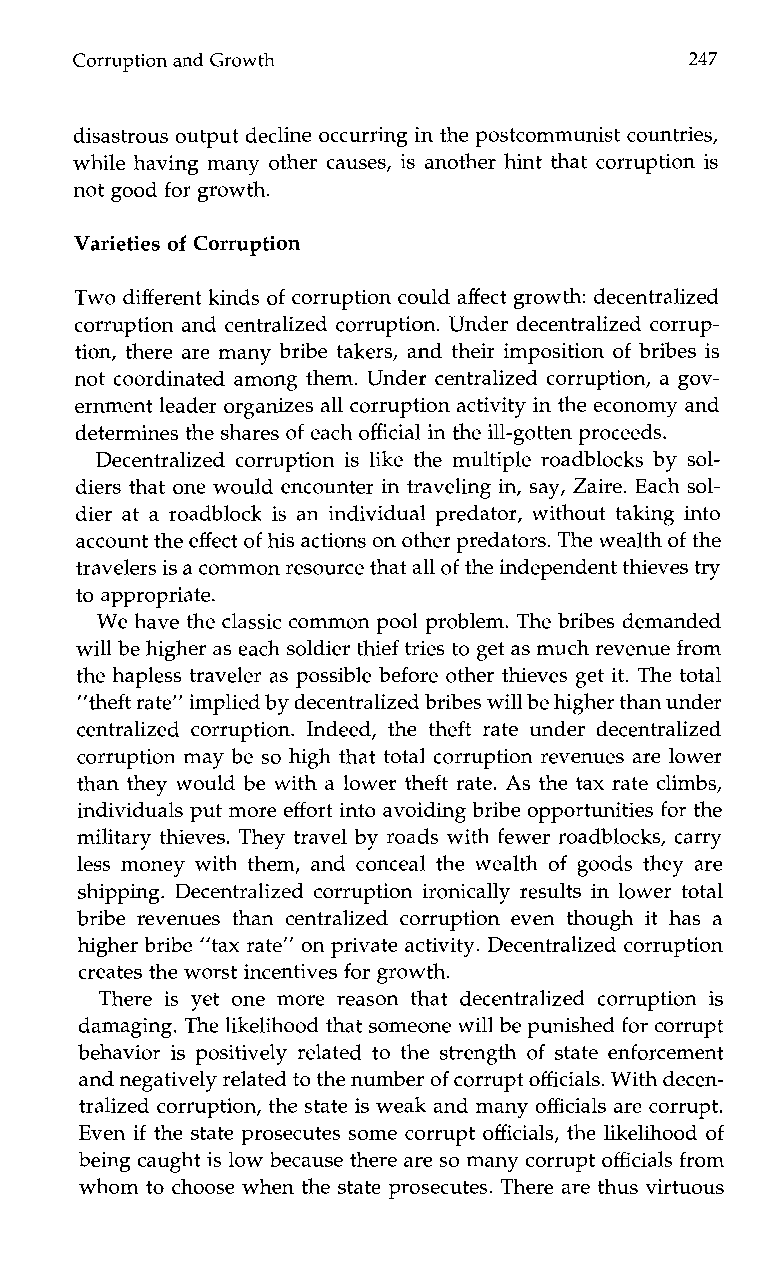
Corruption and Growth                    247
 disastrous output decline occurring in the postcommunist countries,
 while having many other causes, is another hint that corruption is
 not good for growth.
 Varieties of Corruption
 Two different kinds of corruption could affect growth: decentralized
 corruption and centralized corruption. Under decentralized corrup-
 tion, there are many bribe takers, and their imposition of bribes is
 not coordinated among them. Under centralized corruption, a gov-
 ernment leader organizes all corruption activity in the economy and
 determines the shares of each official in the ill-gotten proceeds.
 Decentralized corruption is like the multiple roadblocks by sol-
 diers that one would encounter in traveling in, say, Zaire. Each sol-
 dier at a roadblock is an individual predator, without taking into
 account the effect of his actions on other predators. The wealth of the
 travelers is a commonr esource that all of the independent thieves try
 to appropriate.
 We have the classic common pool problem. The bribes demanded
 will be higher as each soldier thief tries to get as much revenue from
 the hapless traveler as possible before other thieves get it. The total
 ”theft rate” implied by decentralized bribes will be higher than under
 centralized corruption. Indeed, the theft rate under decentralized
 corruption may be so high that total corruption revenues are lower
 than they would be with a lower theft rate. As the tax rate climbs,
 individuals put moree ffort into avoiding bribe opportunities for the
 military thieves. They travel by roads with fewer roadblocks, carry
 less money with them, and conceal the wealth of goods they are
 shipping. Decentralized corruption ironically results in lower total
 bribe revenues than centralized corruption even though it has a
 higher bribe “tax rate” on private activity. Decentralized corruption
 creates the worst incentives for growth.
 There is yet onem ore reason that decentralized corruption is
 damaging. The likelihood that someone will be punished for corrupt
 behavior is positively related to the strength of state enforcement
 and negatively related to the number of corrupt officials. With decen-
 tralized corruption, the state is weak and many officials are corrupt.
 Even if the state prosecutes some corrupt officials, the likelihood of
 being caught is low because there are so many corrupt officials from
 whom to choose when the state prosecutes. There are thus virtuous